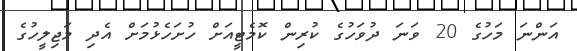
އަންނަ މަހުގެ 20 ވަނަ ދުވަހުގެ ކުރިން ކޮމެޓީއަށް ހުށަހެޅުމަށް އެދި މަޖިލީހުގެ